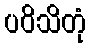
ပဝိသိတုံ